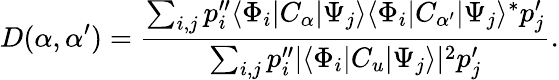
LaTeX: D(\alpha,{\alpha^{\prime}})={\frac{\sum_{i,j}p_{i}^{\prime\prime}\langle\Phi_{i}|C_{\alpha}|\Psi_{j}\rangle\langle\Phi_{i}|C_{\alpha^{\prime}}|\Psi_{j}\rangle^{*}p_{j}^{\prime}}{\sum_{i,j}p_{i}^{\prime\prime}|\langle\Phi_{i}|C_{u}|\Psi_{j}\rangle|^{2}p_{j}^{\prime}}}.